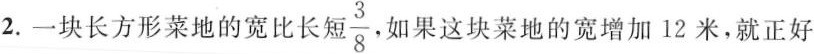
2.一块长方形菜地的宽比长知\frac{3}{8}如果这块菜地的宽增加12米，就正好